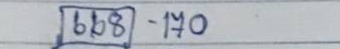
668 - 170